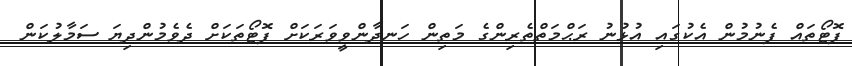
ފޮޓޯތައް ފެނުމުން އެކުގައި އުޅުނު ރަޙްމަތްތެރިންގެ މަތިން ހަނދާންވީވަރަކަށް ފޮޓޯތަކަށް ދެވެމުންދިޔަ ސަމާލުކަން